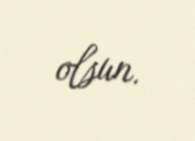
olsun.